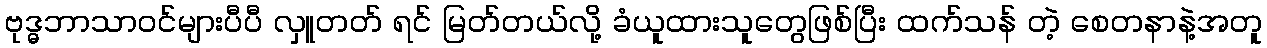
ဗုဒ္ဓဘာသာဝင်များပီပီ လှူတတ် ရင် မြတ်တယ်လို့ ခံယူထားသူတွေဖြစ်ပြီး ထက်သန် တဲ့ စေတနာနဲ့အတူ